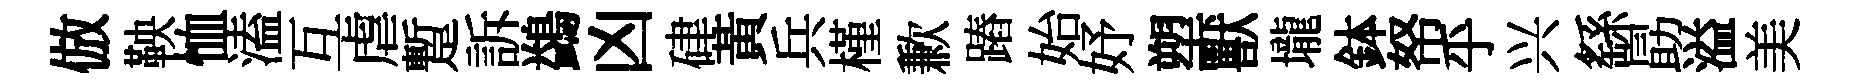
倣鞅恤溘互虐蹔訴鷁凶硉黃兵槿歉蹖始妤塑獸壠鉢帑乎兴繇勗溢美